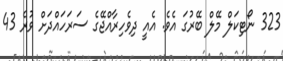
323 ނޯޓިކަލް މޭލް ބޭރުގަ އެވެ. އެއީ ދިވެހިރާއްޖޭގެ ސަރަހައްދަށް ވުރެ 43